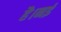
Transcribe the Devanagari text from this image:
है।नई